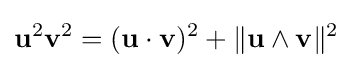
\mathbf {u} ^{2}\mathbf {v} ^{2}=(\mathbf {u} \cdot \mathbf {v} )^{2}+\|\mathbf {u} \wedge \mathbf {v} \|^{2}